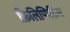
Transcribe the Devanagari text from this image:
फ़िलिप्पिडिस